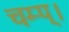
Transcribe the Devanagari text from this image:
चम्प्।